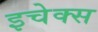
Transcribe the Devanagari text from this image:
इचेक्स